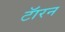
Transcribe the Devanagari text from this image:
टॅारन